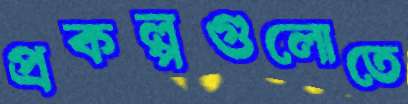
প্রকল্পগুলোতে